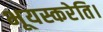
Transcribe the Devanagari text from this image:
भूयस्करेति।